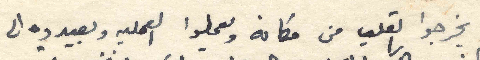
يخرجوا القلب من مكانه ويعملوا العمليه ويعيدوه الى